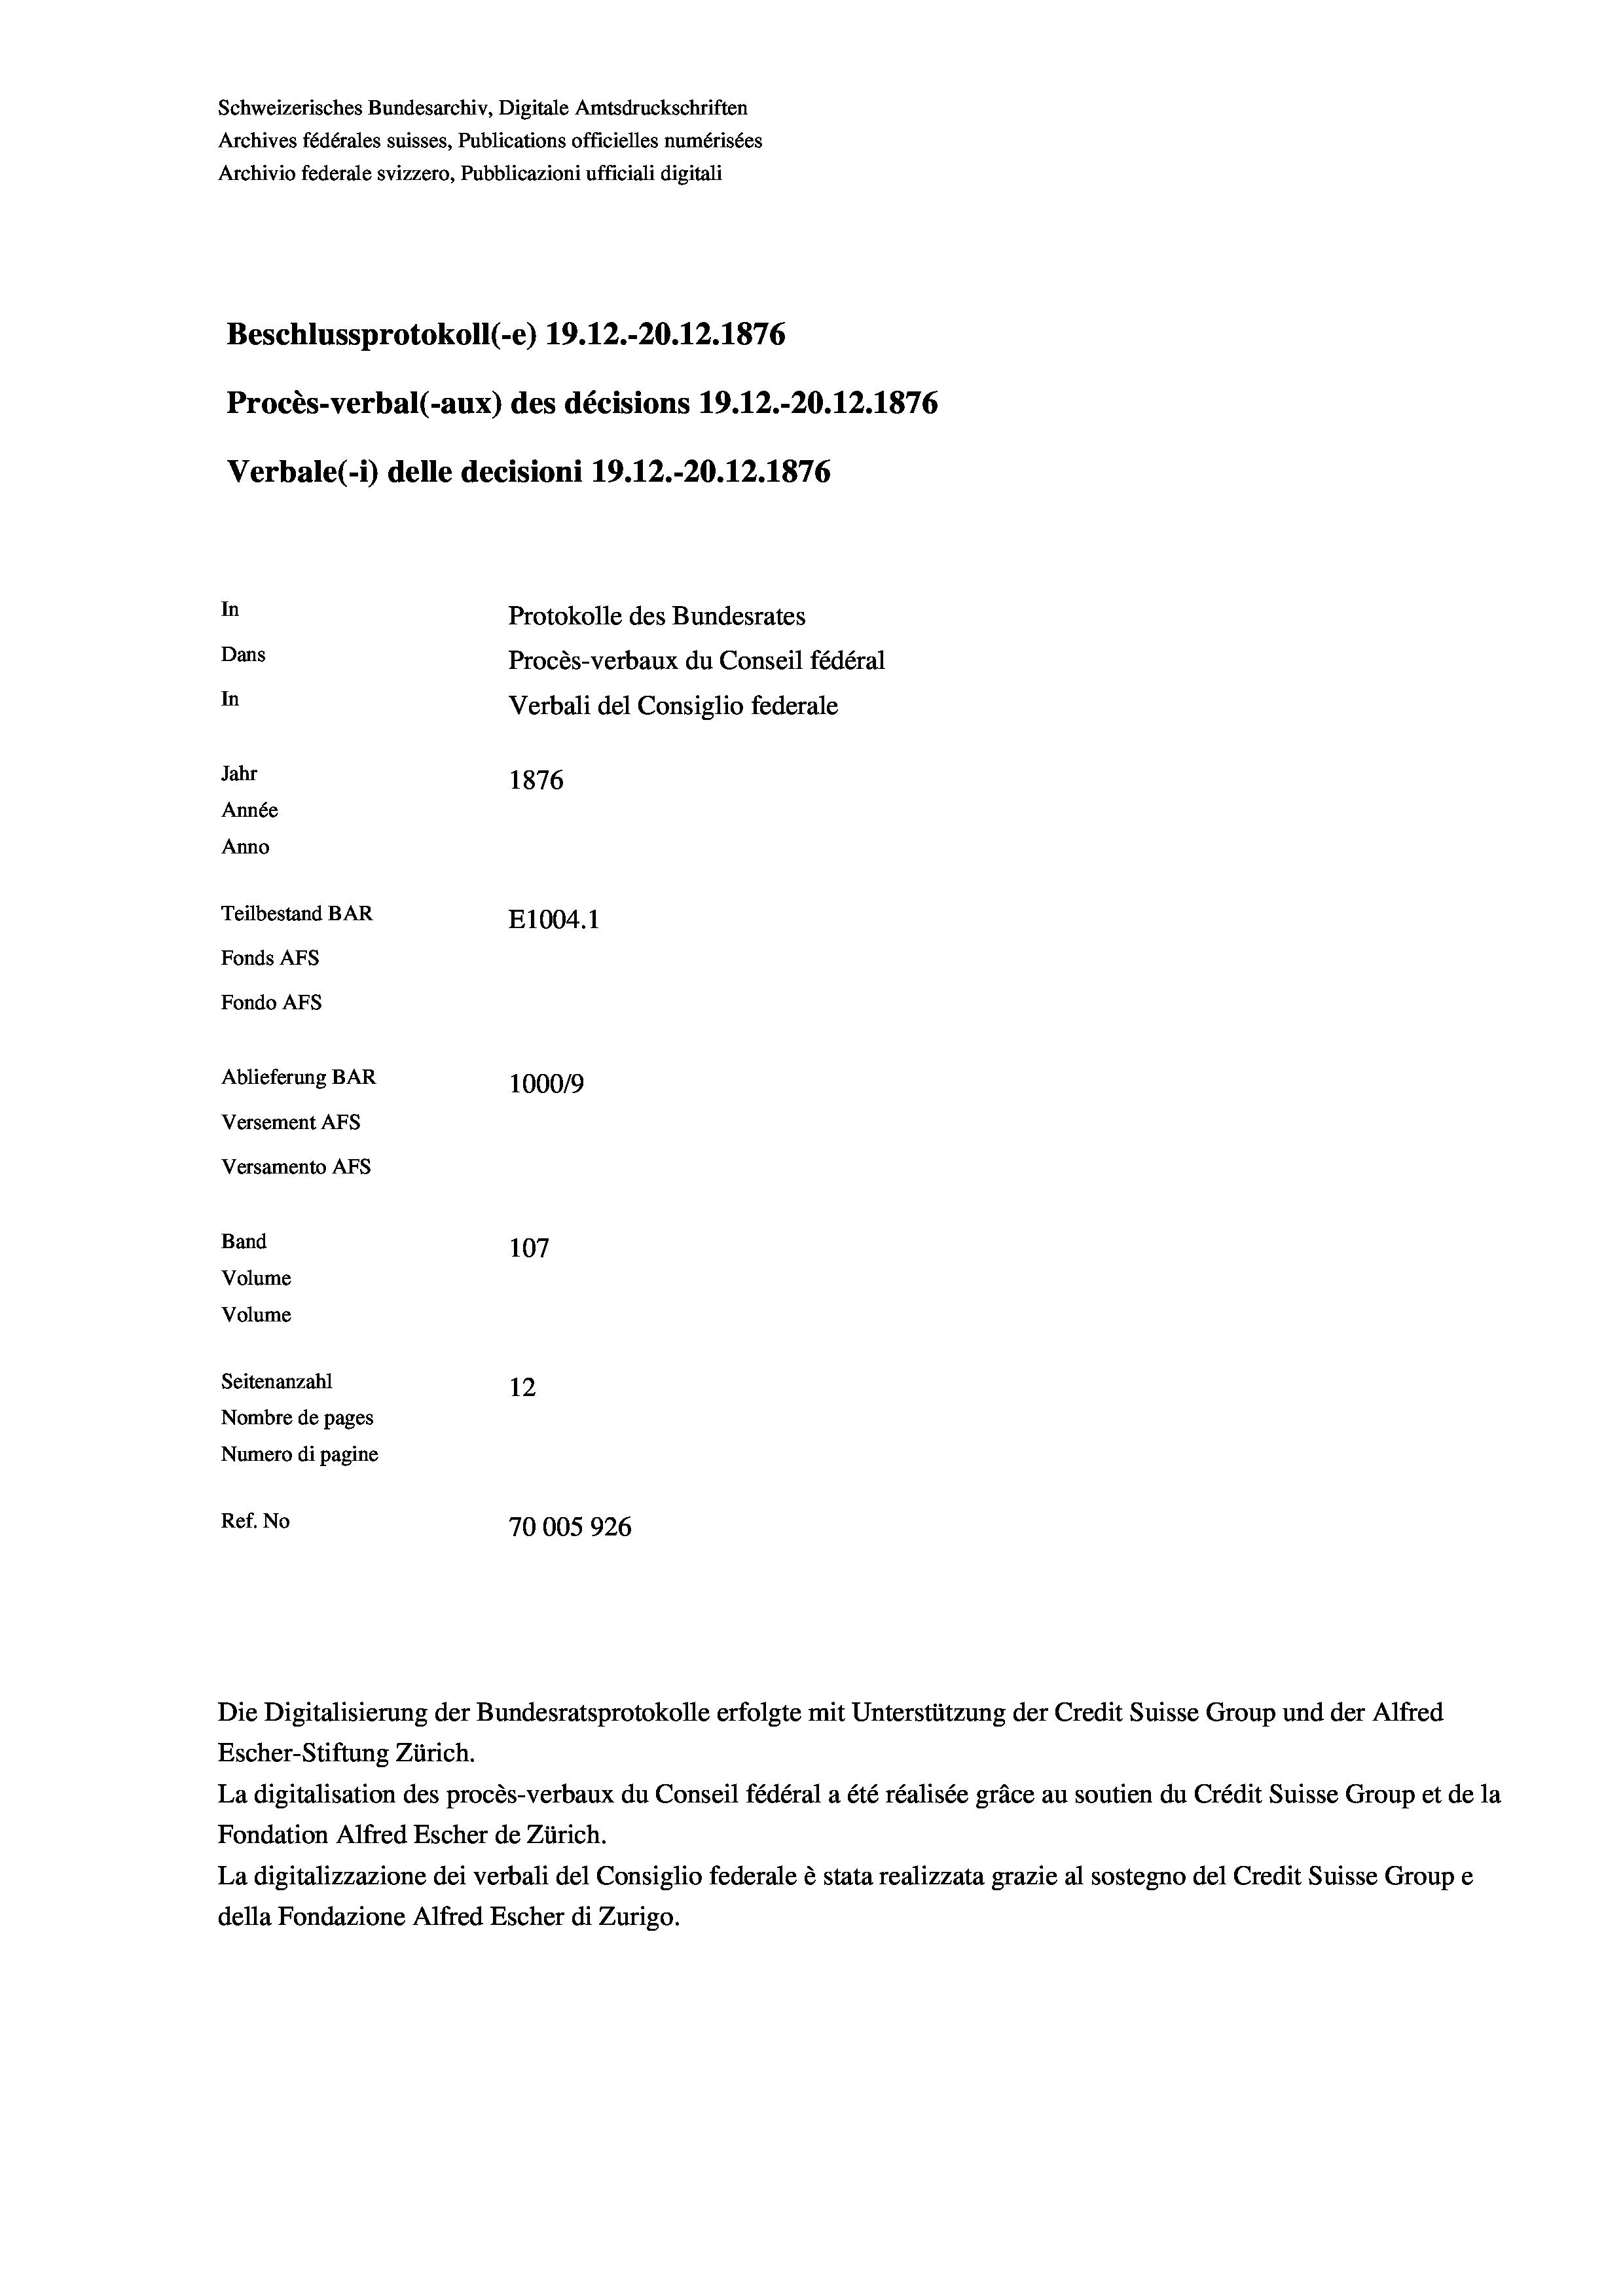
Schweizerisches Bundesarchiv, Digitale Amtsdruckschriften
Archives fédérales suisses, Publications officielles numérisées
Archivio federale svizzero, Pubblicazioni ufficiali digitali
Beschlussprotokoll (-e) 19.12.-20.12.1876
Procès-verbal (-aux) des décisions 19.12.-20.12.1876
Verbale (- 1) delle decisioni 19. 12.-20.12.1876
In
Protokolle des Bundesrates
Dans
Procès-verbaux du Conseil fédéral
In
Verbali del Consiglio federale
Jahr
1876
Année
Anno
Teilbestand BAR
E1004.1
Fonds AFs
Fondo Afs
Ablieferung BAR
100019
Versement AFs
Versamento Afs
Band
107
Volume
Volume
Seitenanzahl
12
Nombre de pages
Numero di pagine
Ref. No
70005926

Escher-Stiftung Zürich.
La digitalisation des procès-verbaux du Conseil fédéral a été réalisée gräce au soutien du Crédit Suisse Group et de la
Fondation Alfred Escher de Zürich.
La digitalizzazione dei verbali del Consiglio federale è stata realizzata grazie al sostegno del Credit Suisse Groupe
della Fondazione Alfred Escher di Zurigo.

Die Digitalisierung der Bundesratsprotokolle erfolgte mit Unterstützung der Credit Suisse Group und der Alfred